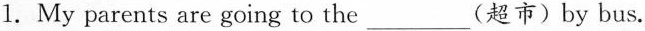
1. My parents are going to the___（超市）by bus.